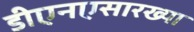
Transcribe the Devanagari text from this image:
डीएनएसारख्या